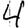
Digit: 4